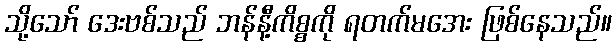
သို့သော် ဒေးဗစ်သည် ဘန်နီ့ကိစ္စကို ရတက်မအေး ဖြစ်နေသည်။